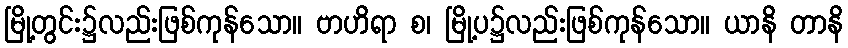
မြို့တွင်း၌လည်းဖြစ်ကုန်သော။ ဗာဟိရာ စ၊ မြို့ပ၌လည်းဖြစ်ကုန်သော။ ယာနိ တာနိ